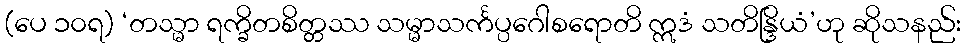
(ပေ ၁၀ရ) ‘တသ္မာ ရက္ခိတစိတ္တဿ သမ္မာသင်္ကပ္ပဂေါစရောတိ ဣဒံ သတိန္ဒြိယံ’ဟု ဆိုသနည်း